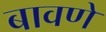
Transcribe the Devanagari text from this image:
बावणे